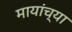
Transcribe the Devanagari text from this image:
मायांच्या